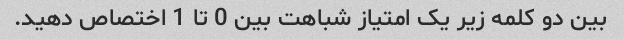
بین دو کلمه زیر یک امتیاز شباهت بین 0 تا 1 اختصاص دهید.